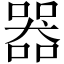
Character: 器